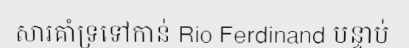
សារគាំទ្រទៅកាន់ Rio Ferdinand បន្ទាប់